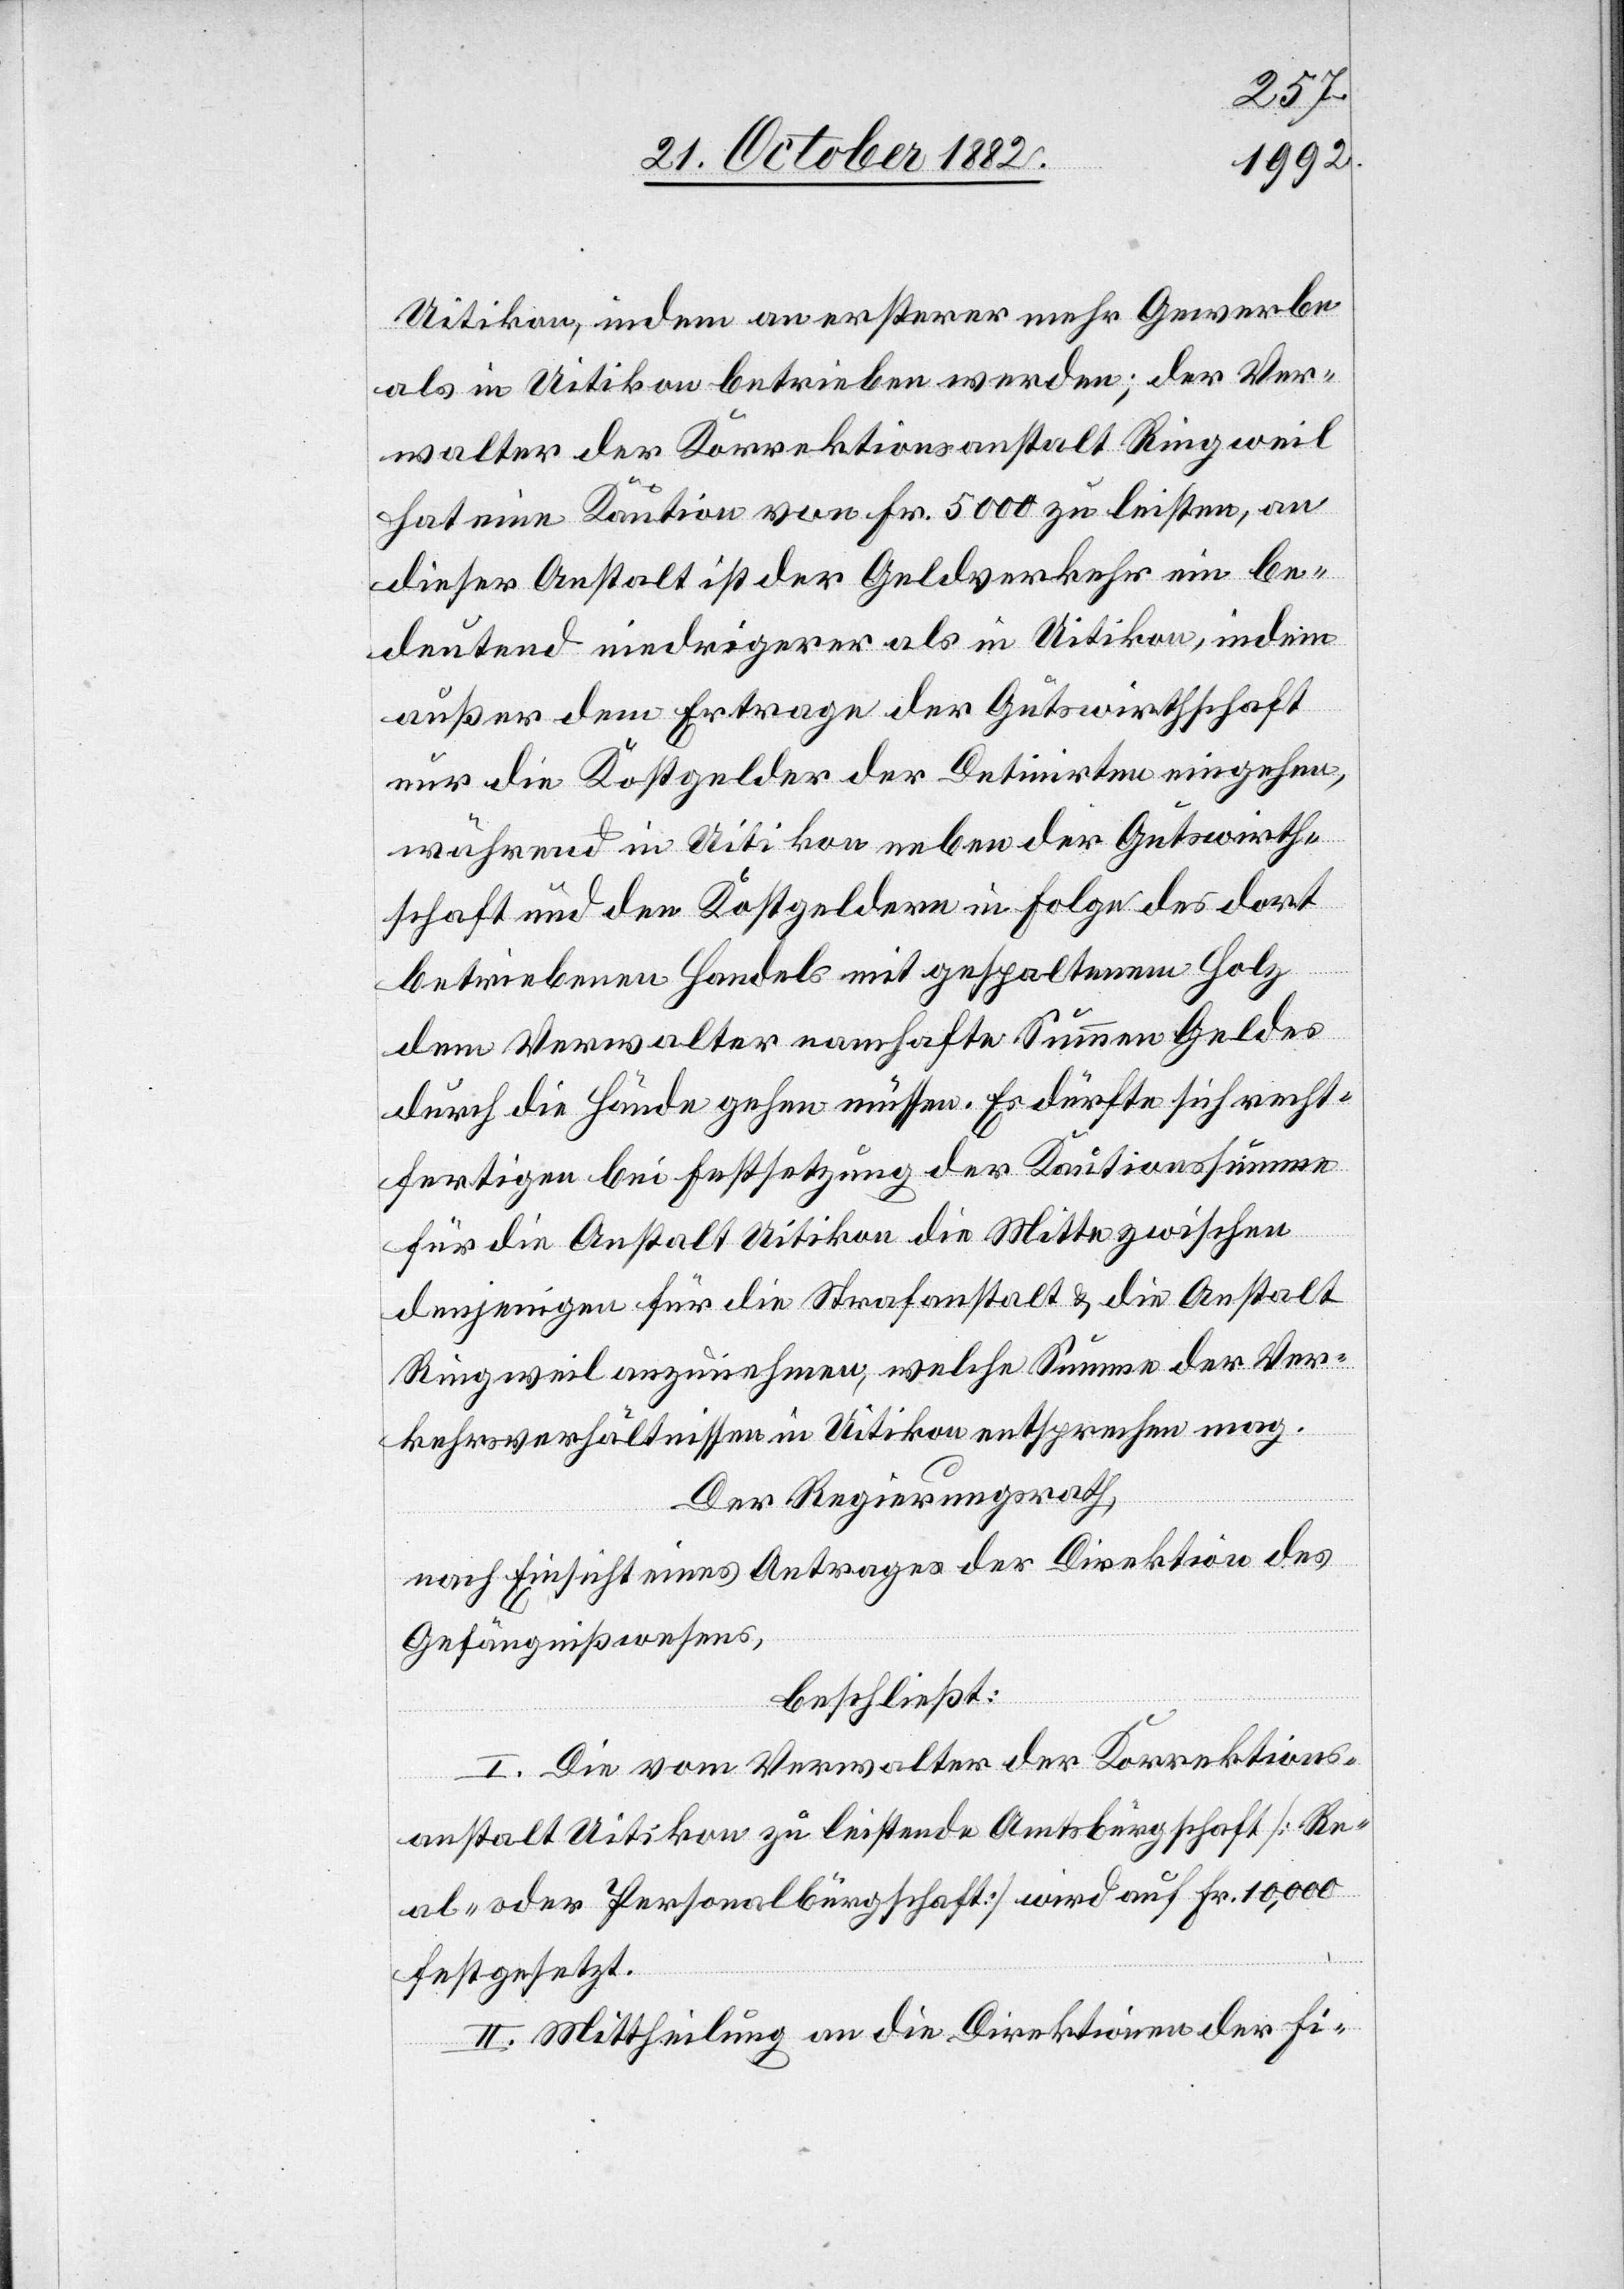
Uitikon, indem an ersterer mehr Gewerbe
als in Uitikon betrieben werden; der Ver¬
walter der Korrektionsanstalt Ringweil
hat eine Kaution von Fr. 5000 zu leisten, an
dieser Anstalt ist der Geldverkehr ein be¬
deutend niedrigerer als in Uitikon, indem
außer dem Ertrage der Gutswirthschaft
nur die Kostgelder der Detinirten eingehen,
während in Uitikon neben der Gutswirth¬
schaft und den Kostengeldern in Folge des dort
betriebenen Handels mit gespaltenem Holz
dem Verwalter namhafte Summen Geldes
durch die Hände gehen müssen. Es dürfte sich recht¬
fertigen bei Festsetzung der Kautionssumme
für die Anstalt Uitikon die Mitte zwischen
denjenigen für die Strafanstalt & die Anstalt
Ringweil anzunehmen, welche Summe der [recte:
Verkehrsverhältnissen in Uitikon entsprechen mag.
Der Regierungsrath,
nach Einsicht eines Antrages der Direktion des
Gefängnißwesens,
beschließt:
I. Die vom Verwalter der Korrektions¬
anstalt Uitikon zu leistende Amtsbürgschaft [Re¬
al- oder Personalbürgschaft] wird auf Fr. 10,000
festgesetzt.
II. Mittheilung an die Direktionen der Fi-